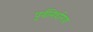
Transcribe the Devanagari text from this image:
पूर्वनिर्धारण